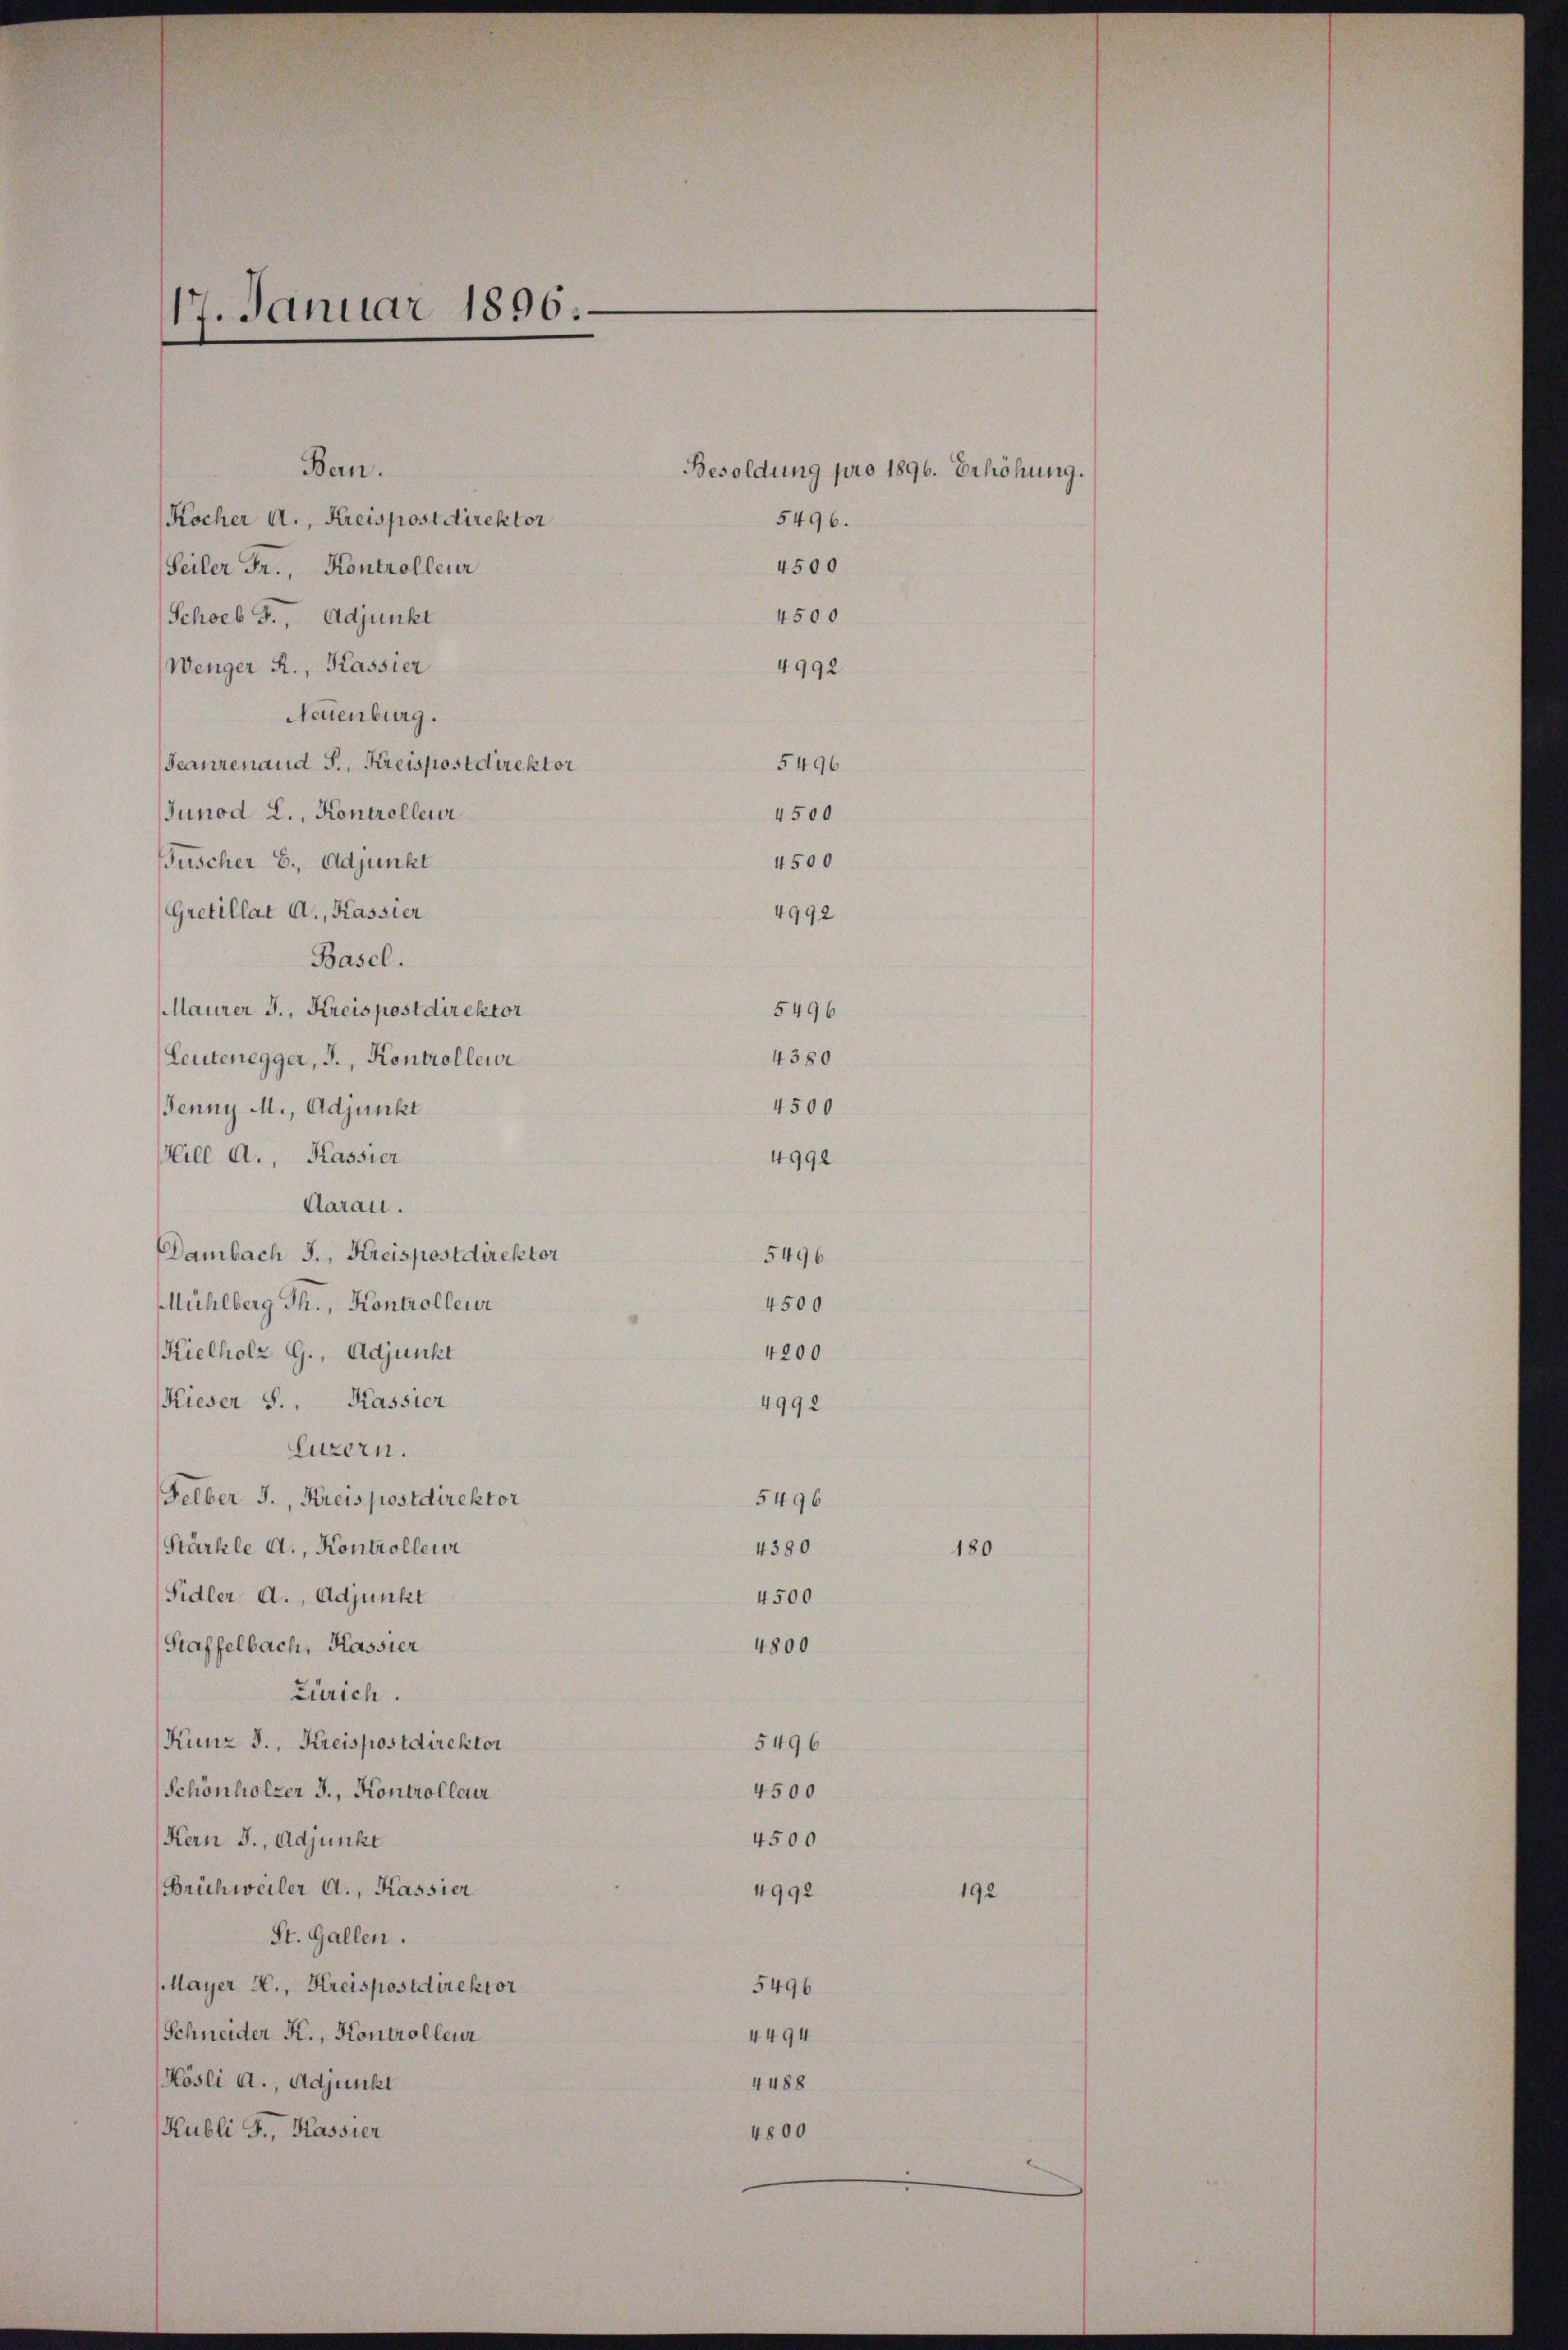
17. Januar 1896.

Ban.
Kocher A., Kreispostdirektor
Seiler Fr., Kontrolleur
4500
Schoeb J., Adjunkt
4992
Wenger R., Kassier
Neuenburg.
Feaurenaud S., Kreispostdirektor
5496
Junod L., Kontrolleur
4500
4500
Fuscher B., Adjunkt
Gretillat A., Kassier
4992
Basel.
Maurer J., Kreispostdirektor
5496
4380
Leutenegger, J., Kontrolleur
4500
Jenny M., Adjunkt
Hill A., Kassier
4991
Aarau.
Dambach J., Kreispostdirektor
5496
Mühlberg Th., Kontrolleur
4500
Kielholz G., Adjunkt
4200
Kieser S., Kassier
4992
Luzern.
Felber J., Kreispostdirektor
5496
Stärkle A., Kontrollen
4380
Sidler d., Adjunkt
4500
Staffelbach, Kassier
4800
Zürich.
Kunz J., Kreispostdirektor
5496
Schönholzer J., Kontrolleur
4500
Kern J., Adjunke
4500
Brühweiler A., Kassier
4992
St. Gallen.
Mayer X., Kreispostdirektor
5496
Schneider K., Kontrolleur
4494
Kösli a., Adjunkt
4488
Kubli J., Kassier
4800

Besoldung pro 1896. Erhöhung.
5496.
4500

18

192